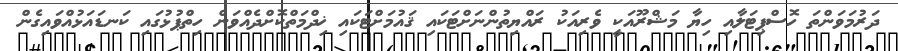
ދަރުމަވަންތަ ހޮސްޕިޓަލާއި ހިޔާ މަޝްރޫއަކީ ވެރިއަކު ރައްޔިތުންނަށްޓަކައި ޤައުމަށްޓަކައި ޚިދްމަތްކޮށްދެއްވަން ހިތްޕުޅުގައި ކަނޑައަޅުއްވައިގެން